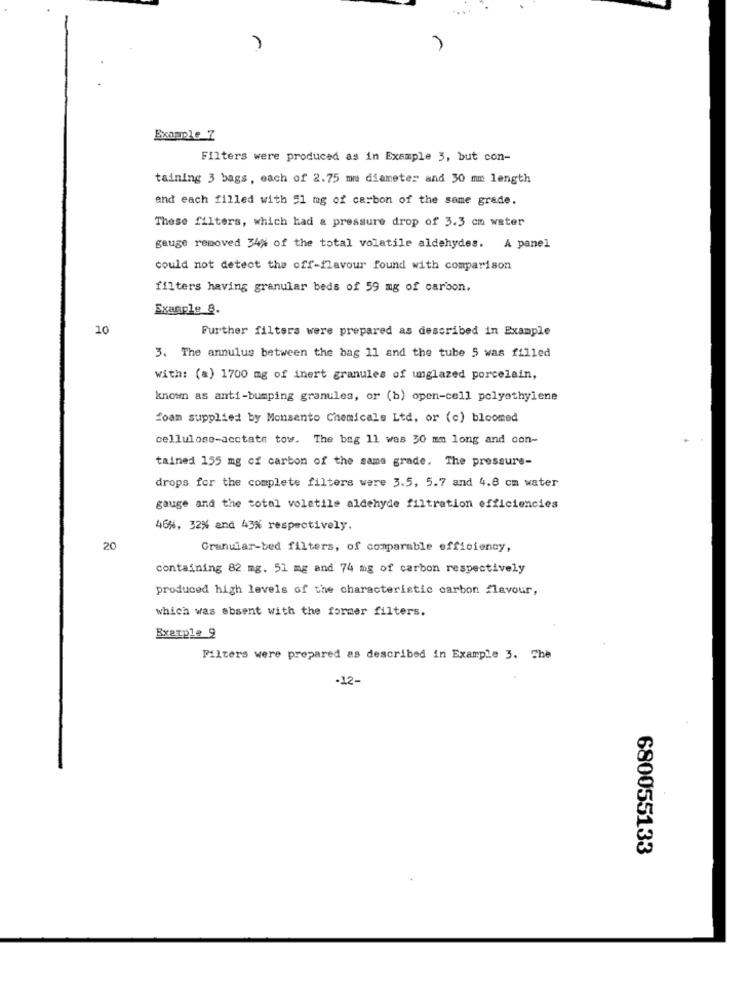
Example_7
Filters were produced as in Example 3, but con-
taining 3 bags, each of 2.75 mm diameter and 30 mm length
end each filled with 51 mg of carbon of the same grade.
These filters, which had a pressure drop of 3.3 cm water
gauge removed 34% of the total volatile aldehydes. A panel
could not detect the off-flavour found with comparison
filters having granular beds of 59 mg of carbon.
Example 8.
10
Further filters were prepared as described in Example
3. The annulus between the bag 11 and the tube 5 was filled
with: (a) 1700 mg of inert granules of unglazed porcelain,
known as anti-bumping granules, or (b) open-cell polyethylene
foam supplied by Monsento Chemicals Ltd, or (c) bloomed
cellulose-acctate tow. The bag 11 was 30 mm long and con-
tained 155 mg of carbon of the same grade. The pressure-
drops for the complete filters were 3.5, 5.7 and 4.8 cm water
gauge and the total volatile aldehyde filtration efficiencies
46%, 32% and 43% respectively.
20
Granular-bed filters, of comparable efficiency,
containing 82 mg. 51 mg and 74 mg of carbon respectively
produced high levels of the characteristic carbon flavour,
which was absent with the former filters.
Example 9
Filters were prepared as described in Example 3. The
-12-
680055133